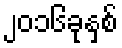
၂၀၁၆ခုနှစ်